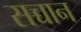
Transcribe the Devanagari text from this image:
सच्चान